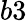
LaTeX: b3